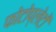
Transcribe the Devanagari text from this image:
फोटोप्लेटों